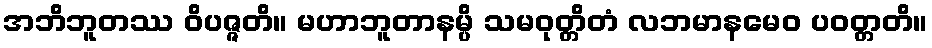
အဘိဘူတဿ ဝိပဇ္ဇတိ။ မဟာဘူတာနမ္ပိ သမဝုတ္တိတံ လဘမာနမေဝ ပဝတ္တတိ။